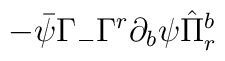
-\bar{\psi}\Gamma_{-}\Gamma^r\partial_b\psi\hat\Pi^b_r